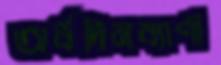
অর্ধদিনব্যাপী